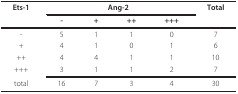
<table><thead><tr><td><b>Ets-1</b></td><td colspan="4"><b>Ang-2</b></td><td><b>Total</b></td></tr><tr><td></td><td><b>-</b></td><td><b>+</b></td><td><b>++</b></td><td><b>+++</b></td><td></td></tr></thead><tbody><tr><td>-</td><td>5</td><td>1</td><td>1</td><td>0</td><td>7</td></tr><tr><td>+</td><td>4</td><td>1</td><td>0</td><td>1</td><td>6</td></tr><tr><td>++</td><td>4</td><td>4</td><td>1</td><td>1</td><td>10</td></tr><tr><td>+++</td><td>3</td><td>1</td><td>1</td><td>2</td><td>7</td></tr><tr><td>total</td><td>16</td><td>7</td><td>3</td><td>4</td><td>30</td></tr></tbody></table>